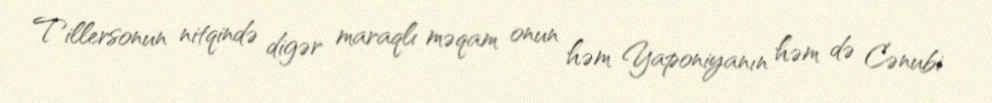
Tillersonun nitqində digər maraqlı məqam onun həm Yaponiyanın həm də Cənubi